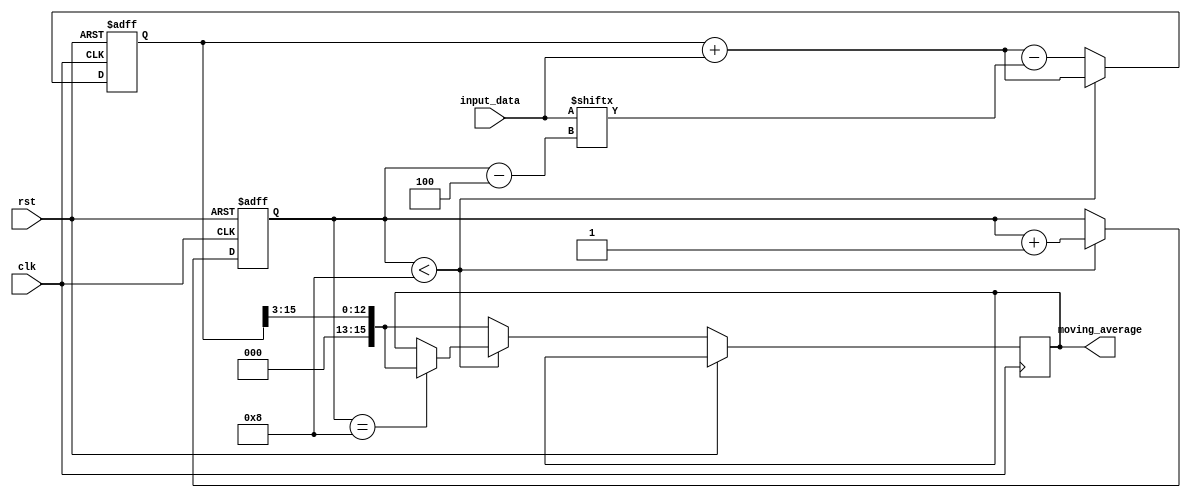
module moving_average_accumulator (
    input wire clk,             // Clock input
    input wire rst,             // Reset input
    input wire [7:0] input_data, // Input data
    output reg [15:0] moving_average // Output moving average
);

reg [15:0] sum = 0; // Accumulator sum
reg [3:0] count = 0; // Counter to keep track of number of input values

always @(posedge clk or posedge rst) begin
    if (rst) begin
        sum <= 0; // Reset accumulator sum
        count <= 0; // Reset counter
    end else begin
        if (count < 8) begin // Calculating moving average of last 8 values
            sum <= sum + input_data; // Add current input value to sum
            count <= count + 1; // Increment counter
            
            if (count == 8) begin
                moving_average <= sum >> 3; // Calculate moving average by dividing sum by 8
            end
        end else begin
            sum <= sum + input_data - $signed(input_data[count-4]); // Add current input value and subtract oldest input value from sum
            moving_average <= sum >> 3; // Calculate moving average by dividing sum by 8
        end
    end
end

endmodule